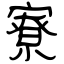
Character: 寮